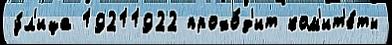
у́л'ица 19211922 прохо́д'ит ком'ит'е́ты